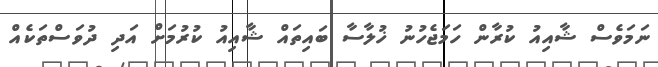
ނަމަވެސް ޝާއިއު ކުރާން ހަމަޖެހުނު ޚުލާސާ ބައިތައް ޝާއިއު ކުރުމަށް އަދި ދުވަސްތަކެއް